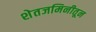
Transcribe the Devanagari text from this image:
शेतजमिनीतून